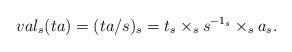
LaTeX: \begin{align*} val_{s}(ta)=(ta/s)_{s}=t_{s}\times_{s}{s}^{-1_{s}}\times_{s}a_{s}.\end{align*}